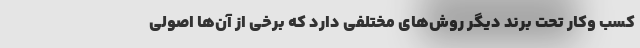
کسب وکار تحت برند دیگر روش‌های مختلفی دارد که برخی از آن‌ها اصولی